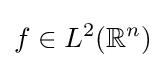
f\in L^{2}(\mathbb {R} ^{n})